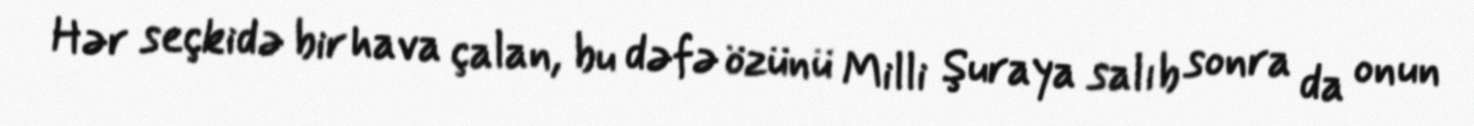
Hər seçkidə bir hava çalan, bu dəfə özünü Milli Şuraya salıb sonra da onun